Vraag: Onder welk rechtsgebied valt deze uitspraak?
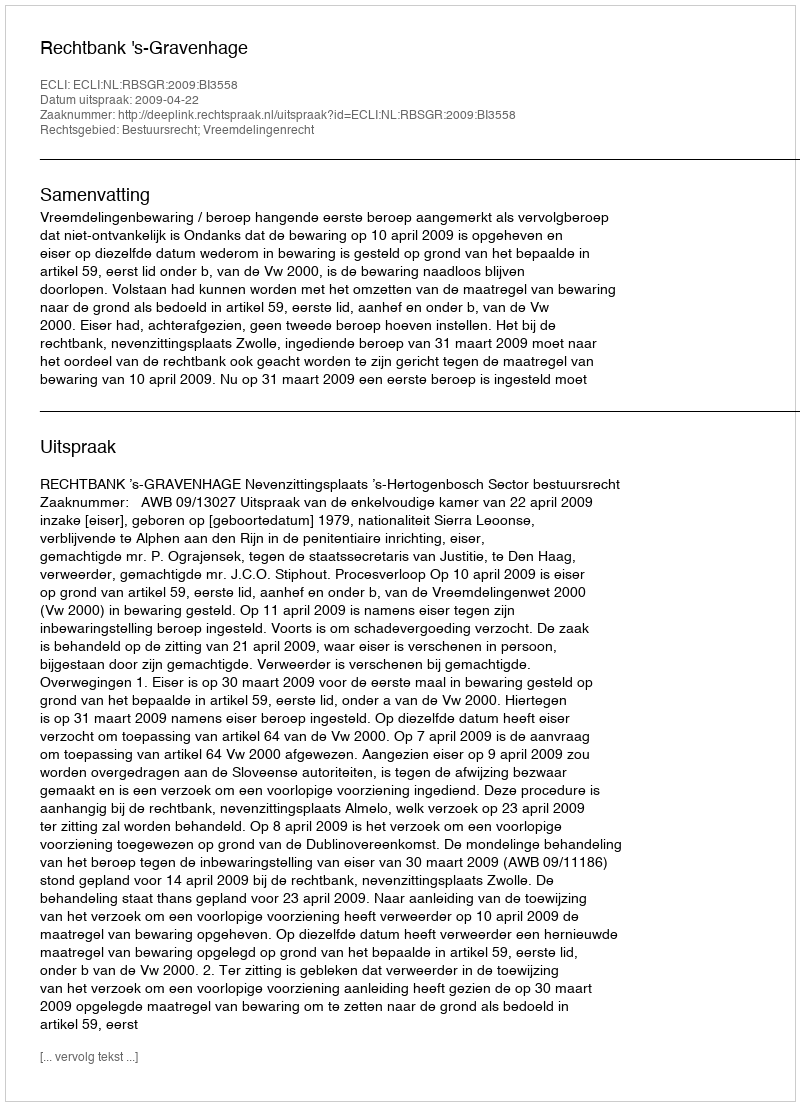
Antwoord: Bestuursrecht; Vreemdelingenrecht